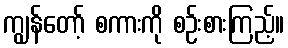
ကျွန်တော့် စကားကို စဉ်းစားကြည့်။